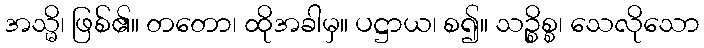
အသ္မိ၊ ဖြစ်၏။ တတော၊ ထိုအခါမှ။ ပဋ္ဌာယ၊ စ၍။ သဉ္စိစ္စ၊ သေလိုသော